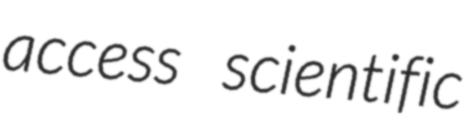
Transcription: access scientific